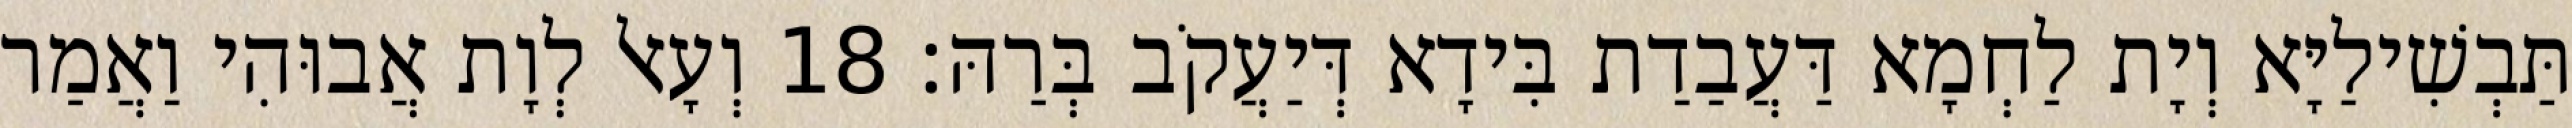
תַּבְשִׁילַיָּא וְיָת לַחְמָא דַּעֲבַדַת בִּידָא דְּיַעֲקֹב בְּרַהּ׃ 18 וְעָאל לְוָת אֲבוּהִי וַאֲמַר